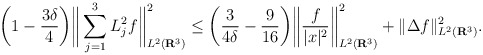
\begin{align*}\bigg(1 - \frac{3\delta}{4} \bigg)\bigg\| \sum_{j=1}^3 L_j^2f \bigg\|_{L^2(\mathbf{R}^3)}^2\leq\bigg(\frac{3}{4\delta} - \frac{9}{16}\bigg)\bigg\| \frac{f}{|x|^2} \bigg\|^2_{L^2(\mathbf{R}^3)} +\|\Delta f\|^{2}_{L^2(\mathbf{R}^3)}.\end{align*}